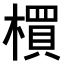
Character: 𣛠